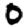
Digit: 0